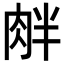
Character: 𦚓